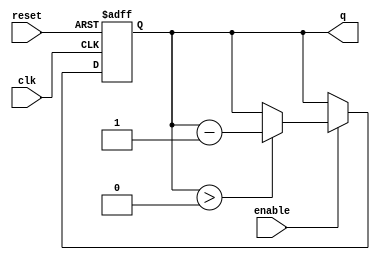
module binary_down_counter #(
    parameter N = 4  // Parameter to set the bit width of the counter
) (
    input wire clk,           // Clock input
    input wire reset,         // Asynchronous reset input
    input wire enable,        // Enable input
    output reg [N-1:0] q      // n-bit output count
);

    // Maximum value for the counter
    localparam MAX_COUNT = (1 << N) - 1; // 2^N - 1

    // Always block for the counter functionality
    always @(posedge clk or posedge reset) begin
        if (reset) begin
            q <= MAX_COUNT;  // Reset to maximum value
        end else if (enable) begin
            if (q > 0) begin
                q <= q - 1;  // Decrement count if greater than 0
            end
            // If q is 0, do not decrement further
        end
    end
endmodule